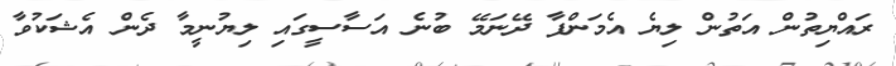
ރައްޔިތުން އަތުން ލިޔެ އެމަންފާ ދޭނަމޭ ބުނެ އަސާސީގައި ލިޔުނީމާ ދެން އެޝަކުވާ